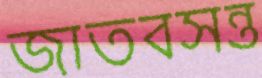
জাতবসন্ত